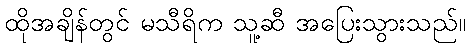
ထိုအချိန်တွင် မသီရိက သူ့ဆီ အပြေးသွားသည်။